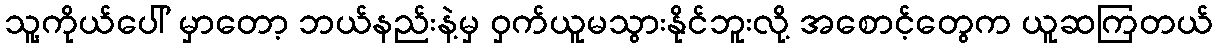
သူ့ကိုယ်ပေါ် မှာတော့ ဘယ်နည်းနဲ့မှ ဝှက်ယူမသွားနိုင်ဘူးလို့ အစောင့်တွေက ယူဆကြတယ်